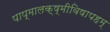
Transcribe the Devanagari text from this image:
पाप्मालक्ष्मीविषापहम्